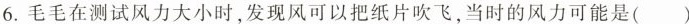
6.毛毛在测试风力大小时，发现风可以把纸片吹飞，当时的风力可能是()